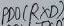
Text: PD0